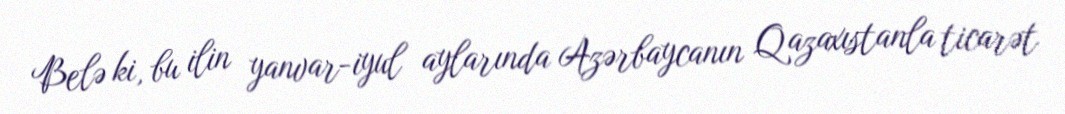
Belə ki, bu ilin yanvar-iyul aylarında Azərbaycanın Qazaxıstanla ticarət